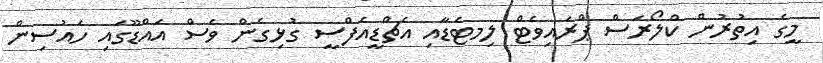
މީގެ އިތުރުން ކްލޯރަސް ޕްރައިވެޓް ލިމޓެޑާއި އެޗްޑީއެފްސީ ގުޅިގެން ވެސް އައްޑޫގައި ހައުސިން